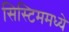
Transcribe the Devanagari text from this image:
सिस्टिममध्ये